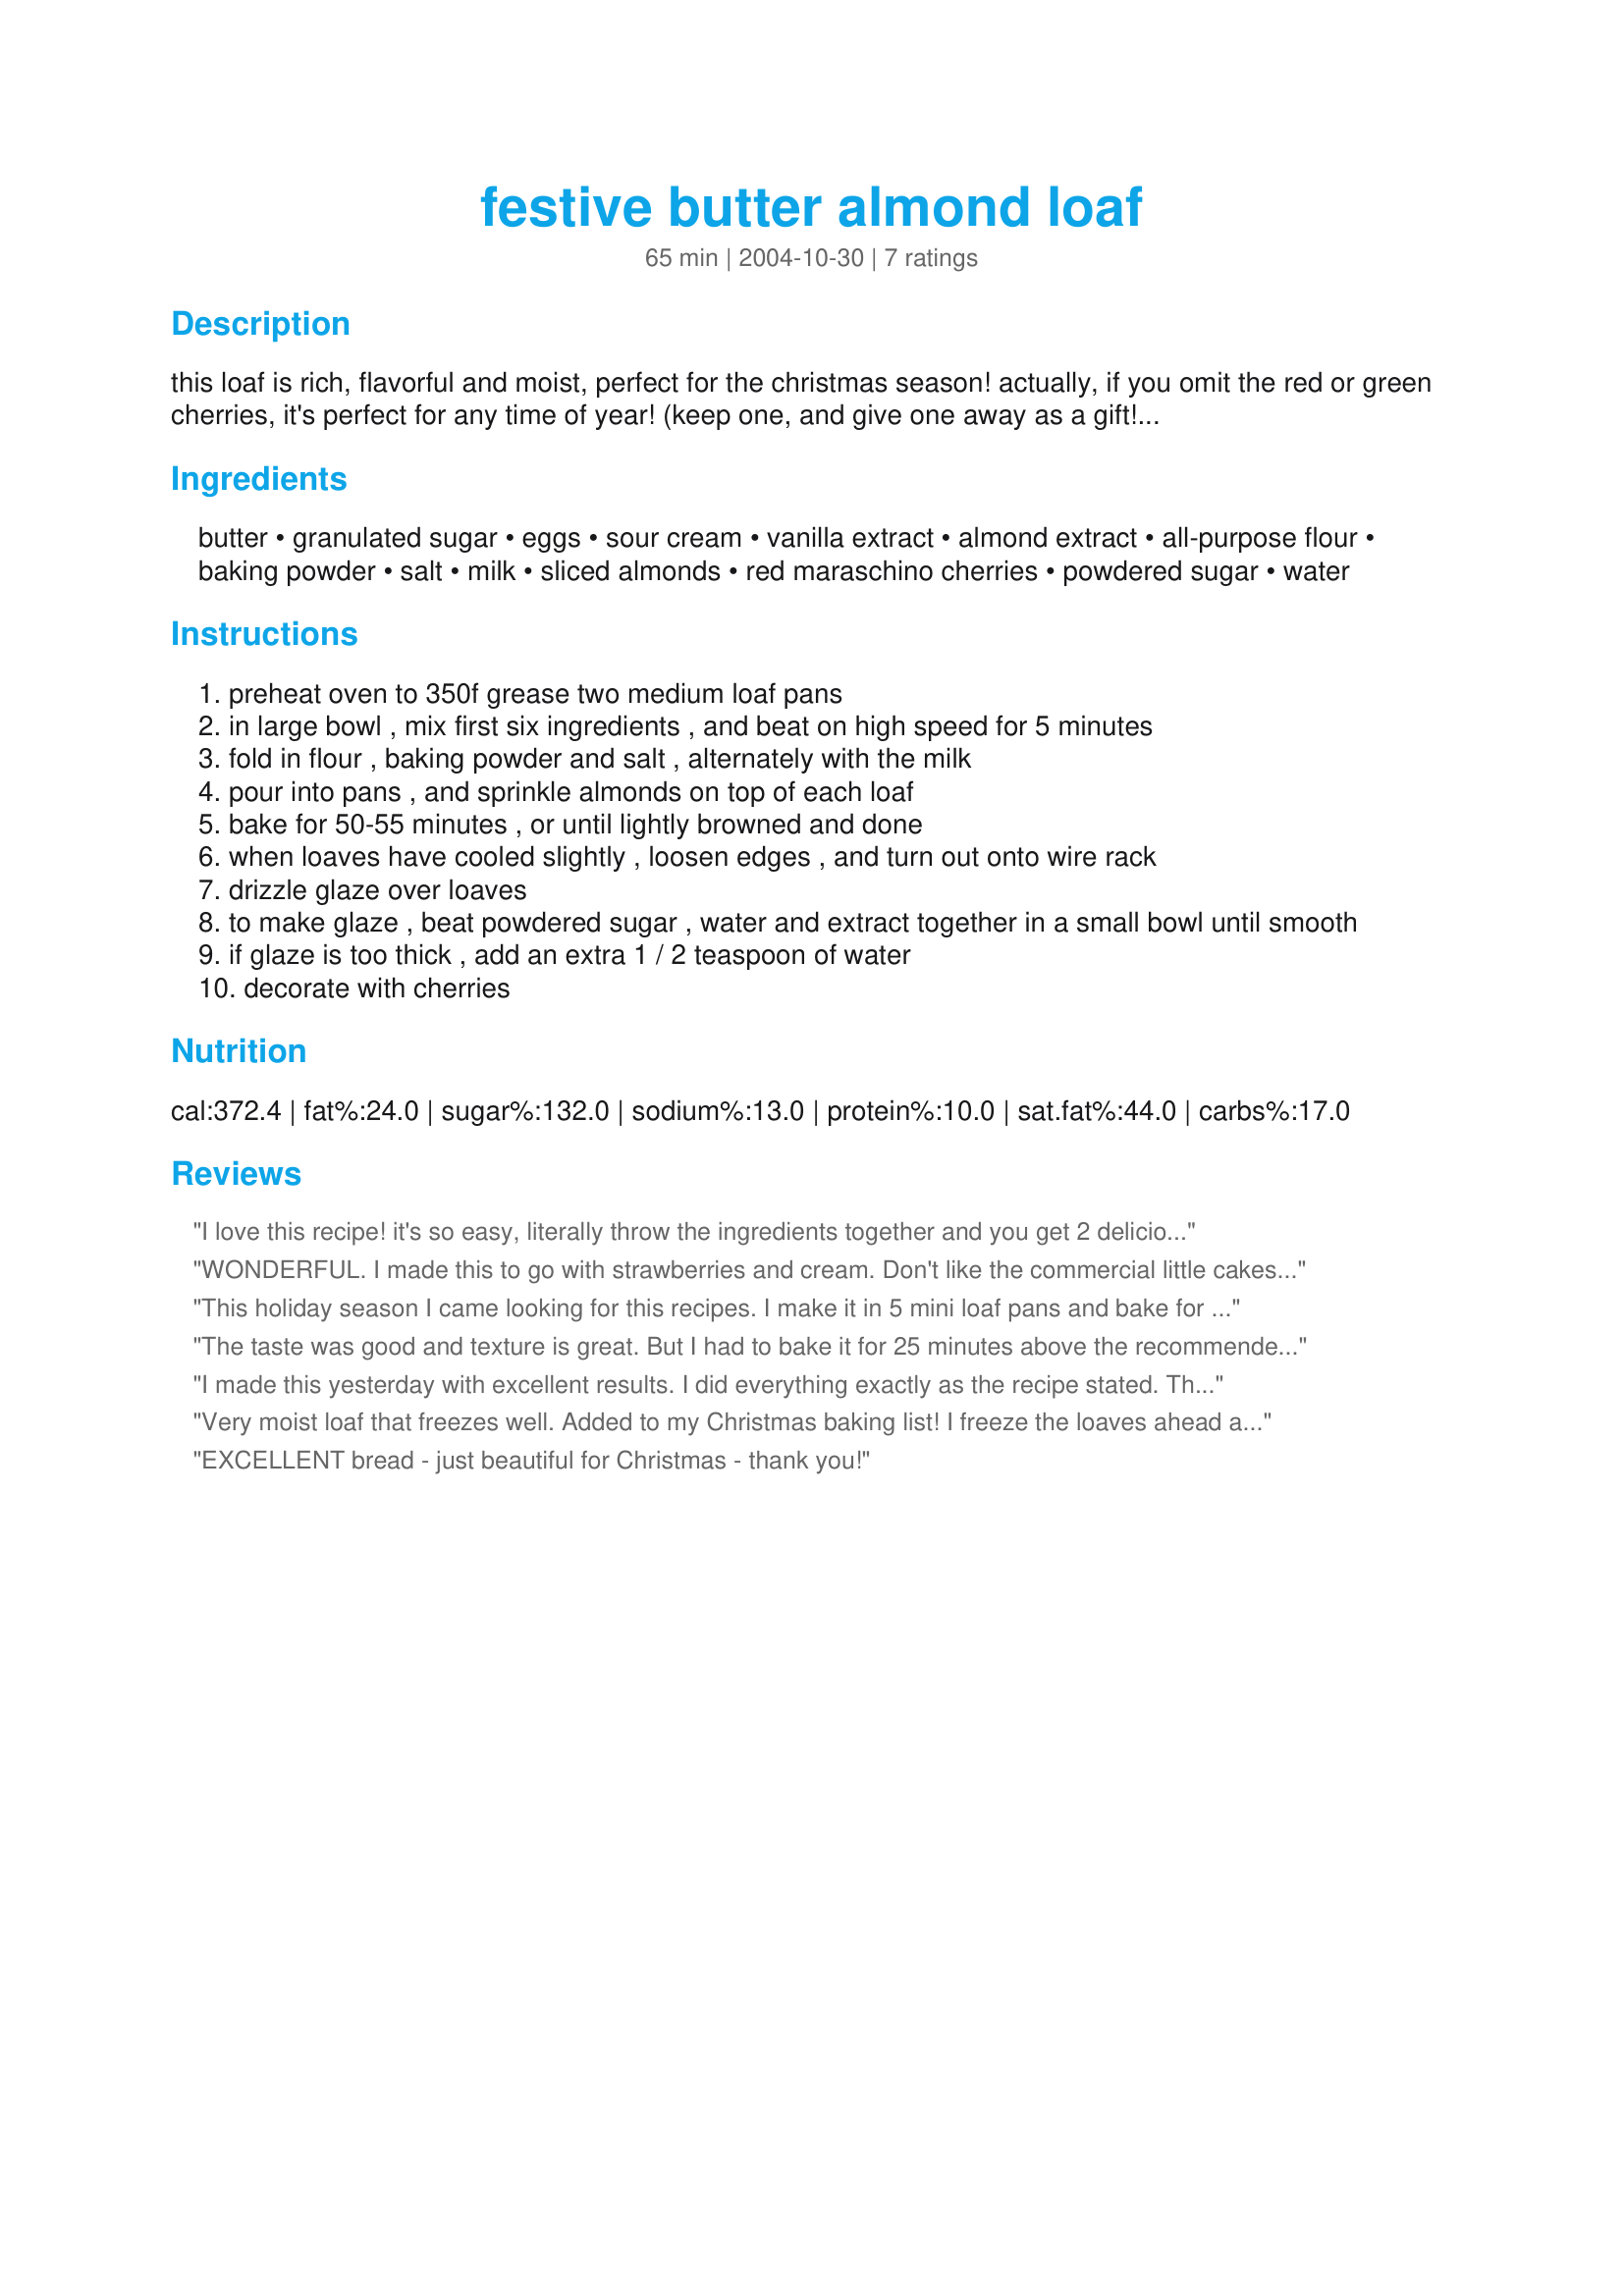
festive butter almond loaf
Preparation time: 65 minutes

this loaf is rich, flavorful and moist, perfect for the christmas season! actually, if you omit the red or green cherries, it's perfect for any time of year! (keep one, and give one away as a gift!) i think it tastes even better the next day!

Ingredients:
butter, granulated sugar, eggs, sour cream, vanilla extract, almond extract, all-purpose flour, baking powder, salt, milk, sliced almonds, red maraschino cherries, powdered sugar, water

Steps:
preheat oven to 350f grease two medium loaf pans
in large bowl , mix first six ingredients , and beat on high speed for 5 minutes
fold in flour , baking powder and salt , alternately with the milk
pour into pans , and sprinkle almonds on top of each loaf
bake for 50-55 minutes , or until lightly browned and done
when loaves have cooled slightly , loosen edges , and turn out onto wire rack
drizzle glaze over loaves
to make glaze , beat powdered sugar , water and extract together in a small bowl until smooth
if glaze is too thick , add an extra 1 / 2 teaspoon of water
decorate with cherries

Reviews:
I love this recipe! it's so easy, literally throw the ingredients together and you get 2 delicious loaves. Tender, moist great to give away & one to keep. Thanks love this so much
WONDERFUL. I made this to go with strawberries and cream. Don't like the commercial little cakes and wanted something with more humf then plain cake. Everyone just loved it. Thanks for sharing
This holiday season I came looking for this recipes. I make it in 5 mini loaf pans and bake for approximatley 40 mins. I then glaze it with icing with almond extract and put red and green cherries on top. Makes a great hostess gift and freezes really well.
The taste was good and texture is great. But I had to bake it for 25 minutes above the recommended time until the wooden stick came out clean. Be very careful in taking the loaf out of the pan. It's more difficult than any other sweet bread. It's perfect for any occasion for coffee and tea time.
I made this yesterday with excellent results. I did everything exactly as the recipe stated. They did take a longer baking time than stated, but I find that over here things often do. I put one loaf in the freezer for Christmas and we immediately tasted the other one and were very delighted with the flavour and texture. Thanks for a great recipe!
Very moist loaf that freezes well. Added to my Christmas baking list! I freeze the loaves ahead and decorate with glaze after they thaw.
EXCELLENT bread - just beautiful for Christmas - thank you!
